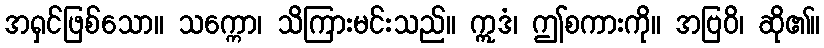
အရှင်ဖြစ်သော။ သက္ကော၊ သိကြားမင်းသည်။ ဣဒံ၊ ဤစကားကို။ အဗြဝိ၊ ဆို၏။